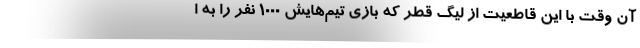
آن وقت با این قاطعیت از لیگ قطر که بازی تیم‌هایش 1000 نفر را به ا